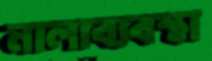
নালাব্যবস্থা